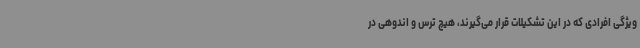
ویژگی افرادی که در این تشکیلات قرار می‌گیرند، هیچ ترس و اندوهی در